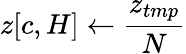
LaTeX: z[c,H]\gets\frac{z_{tmp}}{N}